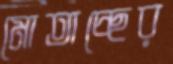
মোতাচ্ছের